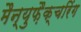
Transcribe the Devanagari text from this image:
मैन्युफ़ैक्चरिंग